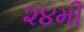
૨૪મી